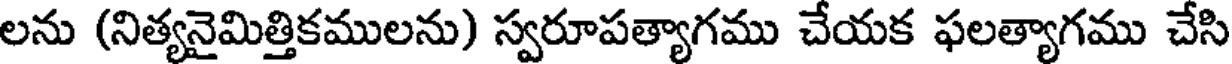
లను (నిత్యనైమిత్తికములను) స్వరూపత్యాగము చేయక ఫలత్యాగము చేసి